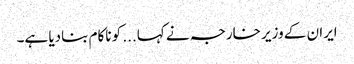
ایران کے وزیر خارجہ نے کہا... کو ناکام بنادیا ہے۔